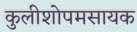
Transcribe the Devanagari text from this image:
कुलीशोपमसायक